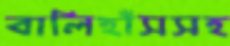
বালিহাঁসসহ